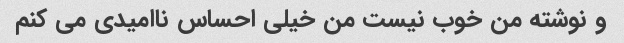
و نوشته من خوب نیست من خیلی احساس ناامیدی می کنم